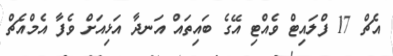
އެޗް 17 ފްލައިޓް ވެއްޓި އޭގެ ބައިތައް އަނދާ އަޅިއަށް ވެފާ އެމްއެޗް